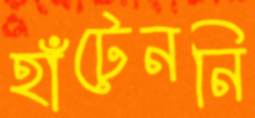
হাঁটেননি